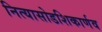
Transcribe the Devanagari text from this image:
नित्यासोडशिकार्णव